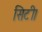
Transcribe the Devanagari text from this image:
सिटी।